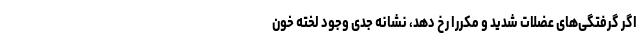
اگر گرفتگی‌های عضلات شدید و مکررا رخ دهد، نشانه جدی وجود لخته خون